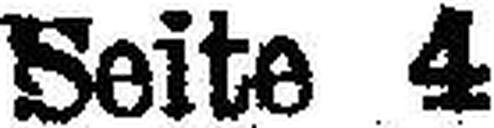
Seite 4